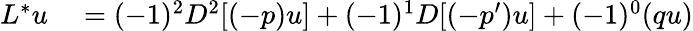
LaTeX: \begin{array}{rl}{L^{*}u}&{{}{}=(-1)^{2}D^{2}[(-p)u]+(-1)^{1}D[(-p^{\prime})u]+(-1)^{0}(qu)}\end{array}